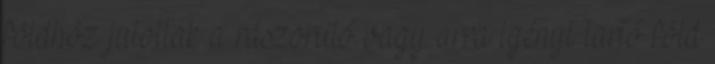
földhöz jutottak a rászoruló vagy arra igényt tartó föld